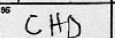
Transcription: CHD